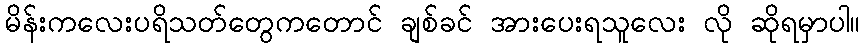
မိန်းကလေးပရိသတ်တွေကတောင် ချစ်ခင် အားပေးရသူလေး လို ဆိုရမှာပါ။